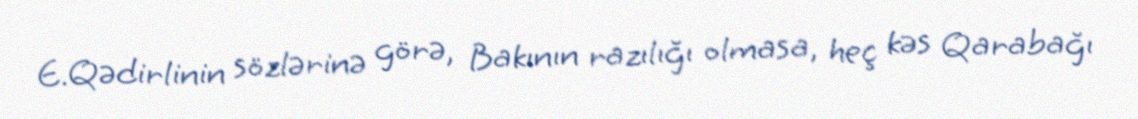
E.Qədirlinin sözlərinə görə, Bakının razılığı olmasa, heç kəs Qarabağı